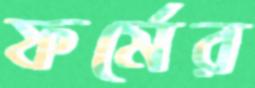
ফর্মের